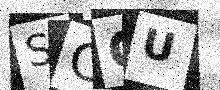
Text: SCGU